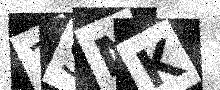
Text: 3SMK